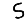
Digit: 5